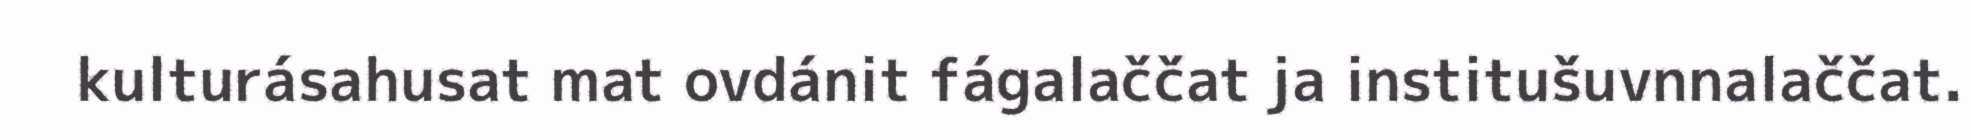
kulturásahusat mat ovdánit fágalaččat ja institušuvnnalaččat.